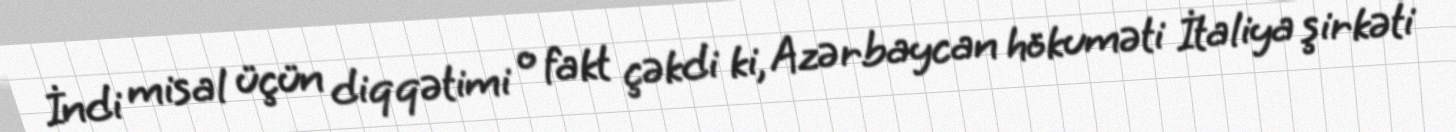
İndi misal üçün diqqətimi o fakt çəkdi ki, Azərbaycan hökuməti İtaliya şirkəti